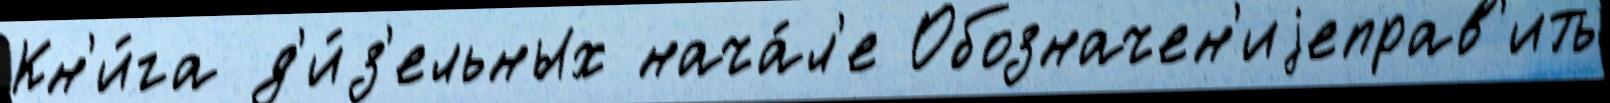
Кн'и́га д'и́з'ельных нача́л'е Обозначен'иjеправ'ить